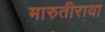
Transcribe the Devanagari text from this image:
मारुतीराया